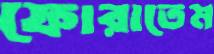
ফোরাতেম